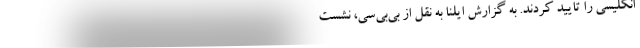
انگلیسی را تأیید کردند. به گزارش ایلنا به نقل از بی‌بی‌سی، نشست